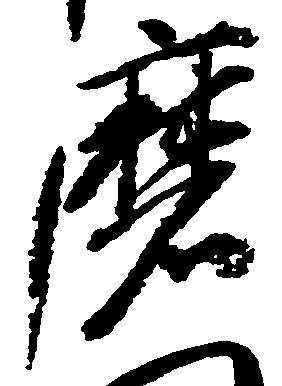
磨